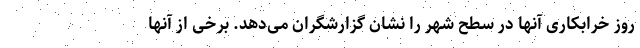
روز خرابکاری آنها در سطح شهر را نشان گزارشگران می‌دهد. برخی از آنها